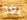
بعد